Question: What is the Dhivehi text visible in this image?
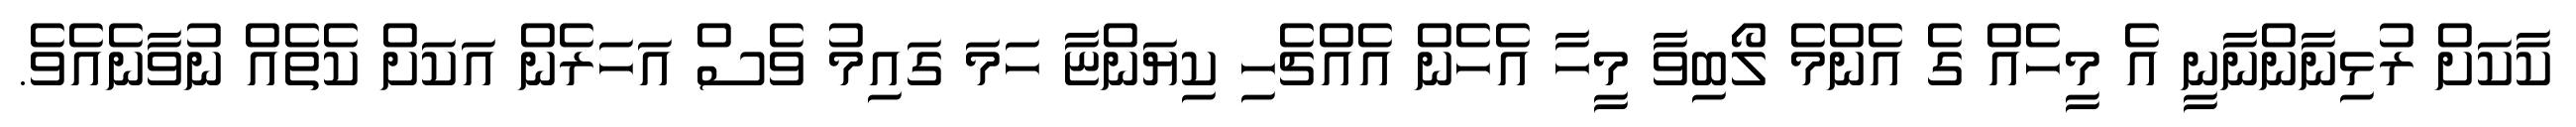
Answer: ކާކަށް ރުޅިނާންނާނީ އެ މީހެއް ގެ އެންމެ ލޯބިވާ މީހާ އެހެން އެއްޗެހި ކިޔަންޏާ ހަމަ ގައިމު ވެސް އަހަރެން އަކަށް ކެތެއް ނުވާނެއެވެ.